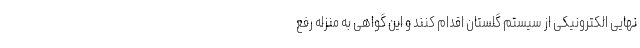
نهایی الکترونیکی از سیستم گلستان اقدام کنند و این گواهی به منزله رفع